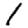
Digit: 1